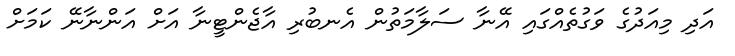
އަދި މިއަދުގެ ވަގުތެއްގައި އޭނާ ސަލާމަތުން އެނބުރި އާޖެންޓީނާ އަށް އަންނާނޭ ކަމަށް